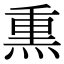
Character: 𤋱